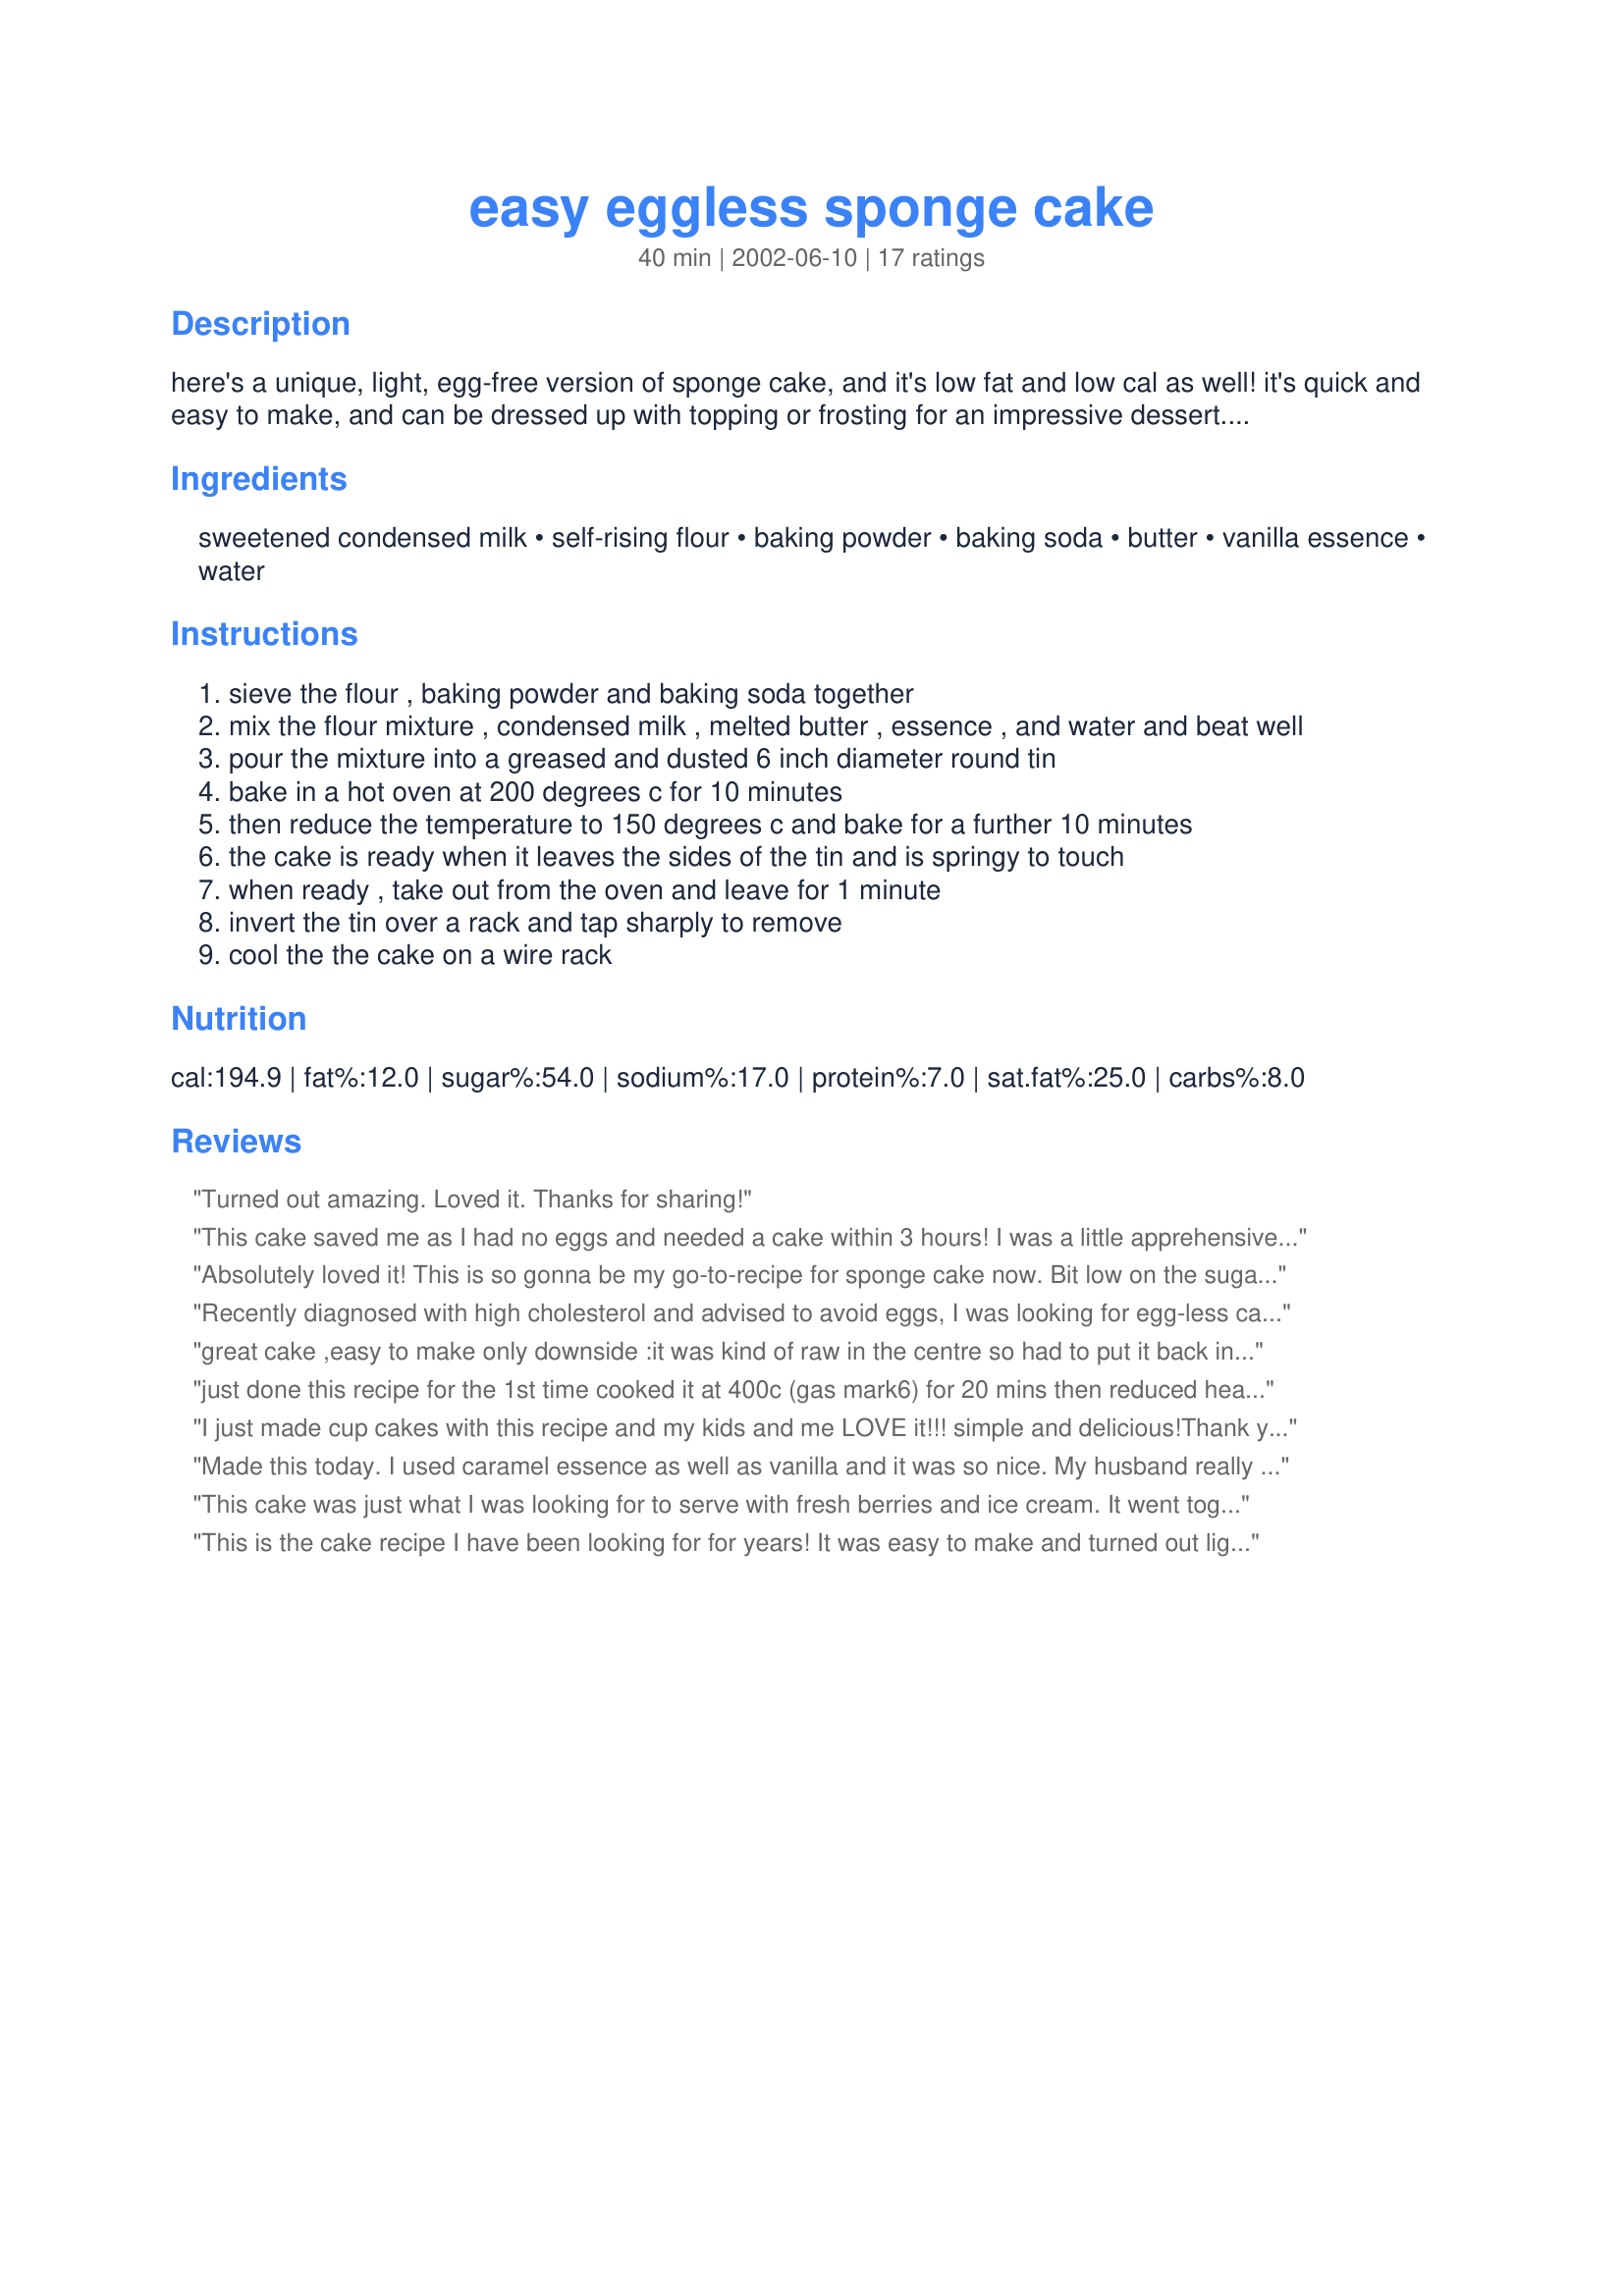
easy eggless sponge cake
Preparation time: 40 minutes

here's a unique, light, egg-free version of sponge cake, and it's low fat and low cal as well! it's quick and easy to make, and can be dressed up with topping or frosting for an impressive dessert. this recipe is from www.tarladalal.com.

Ingredients:
sweetened condensed milk, self-rising flour, baking powder, baking soda, butter, vanilla essence, water

Steps:
sieve the flour , baking powder and baking soda together
mix the flour mixture , condensed milk , melted butter , essence , and water and beat well
pour the mixture into a greased and dusted 6 inch diameter round tin
bake in a hot oven at 200 degrees c for 10 minutes
then reduce the temperature to 150 degrees c and bake for a further 10 minutes
the cake is ready when it leaves the sides of the tin and is springy to touch
when ready , take out from the oven and leave for 1 minute
invert the tin over a rack and tap sharply to remove
cool the the cake on a wire rack

Reviews:
Turned out amazing. Loved it. Thanks for sharing!
This cake saved me as I had no eggs and needed a cake within 3 hours! I was a little apprehensive about the timing after other comments here but found the recipe timing perfect - I have a fan oven and made sure it was fully pre-heated before putting it in. Perhaps if you don't have a fan oven you could try raising the temperature.

It was very tasty and enjoyed by everyone.

Thanks for a great recipe.
Absolutely loved it! This is so gonna be my go-to-recipe for sponge cake now. Bit low on the sugar but so spongy it compensated for the lack of sweetness. And it baked an extra 10 min or so but it was absolutely worth it, thanks!
Recently diagnosed with high cholesterol and advised to avoid eggs, I was looking for egg-less cake recipe and stumbled upon this. The cake turned out not as I expected of a sponge cake. The texture was moist but not light; it's a little heavy. It's actually tasted good. I'd think this would make great muffins. As I had no self raising flour, I substituted with plain flour mixture here (http://www.food.com/recipe/homemade-self-rising-flour-substitute-29318). Thanks for sharing this recipe!
great cake ,easy to make only downside :it was kind of raw in the centre so had to put it back in the oven .but the taste was pretty good
just done this recipe for the 1st time cooked it at 400c (gas mark6) for 20 mins then reduced heat to 360c ( gas mark 4) for 6 mins to cook inside & it has turned out really well. thanks for the recipe x
I just made cup cakes with this recipe and my kids and me LOVE it!!! simple and delicious!<br/>Thank you! (^_^)
Made this today. I used caramel essence as well as vanilla and it was so nice. My husband really liked it. I covered it in cream and fresh strawberries. I baked it about an extra 5 to 10 minutes. Id read in the reviews that it wasnt sweet enough so added 2 TBSP of caster sugar as well. YUM! Def will be making it again! Thanks~!!!
This cake was just what I was looking for to serve with fresh berries and ice cream. It went together easily, was not too sweet and the flavor was really good. Thanks!
This is the cake recipe I have been looking for for years! It was easy to make and turned out light and tasty, with a texture and flavour just like childhood birthday cakes. Perfect - thank you.
I was doubtful of this cake at first because of how watery the batter was, but as I beat it for a longer time, it thickened a bit. The cake was very springy, moist and was great tasting. I&#039;m not a fan of sponge cake but this was quite yummy. very good recipe.
This is fantastic! Not only tasty but so quick and easy to make. CakenGifts.in
Thanks Anu for sharing the lovely this recipe...Today I was thinking of giving my husband a surprise at the @ the stroke of 12(Valentine's Day) ...so was looking for a gud eggless cake recipe when i hit on this one... it was so easy to make and it came out awesome...its so springy to touch...and it took as you said arnd 40 min to be done. thanks for making my day...
I made this cake for my son's 1st birthday party with the mommy group. I topped it with a thin layer of banana pudding and fresh bananas, and it was perfect to serve to the other one year olds, without loading them with sugar. A very nice cake indeed. Will definitely make again (and again) for company. Had no problems with baking. Thank you for sharing.
whats the difference between baking soda and baking powder?
I followed the instructions as given in the recipe and made this cake today. The baking time was very less. I baked this first at 200C for 10 minutes, then at 150C for 10 minutes, then at 160C for 5 minutes and then at 150C for 20 minutes. The center of the cake is still not set. It is still soggy...and the taste of this cake is not up to the mark. It is not at all sweet. I'm sorry, Anu, but this one was a total disappointment.
My search for an eggless sponge cake to make for my nice who has an egg allergy brought me to Zaar. This turned out very well - quite soft, nice texture. Thank you for sharing.
